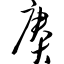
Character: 赓